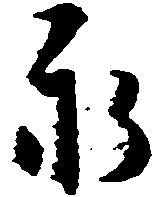
永